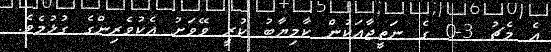
އެ މެޗު 3-0 ގެ ނަތީޖާއަކުން ކާމިޔާބު ކުރީ ވޭވަށު އެކުވެރިންގެ ގުޅުމެވެ.